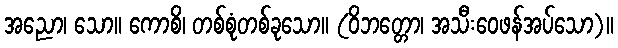
အညော၊ သော။ ကောစိ၊ တစ်စုံတစ်ခုသော။ (ဝိဘတ္တော၊ အသီးဝေဖန်အပ်သော)။